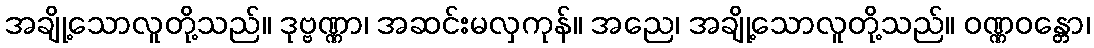
အချို့သောလူတို့သည်။ ဒုဗ္ဗဏ္ဏာ၊ အဆင်းမလှကုန်။ အညေ၊ အချို့သောလူတို့သည်။ ဝဏ္ဏဝန္တော၊